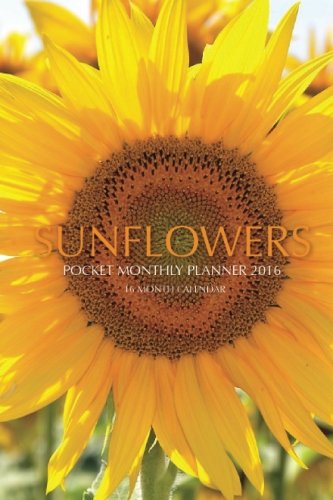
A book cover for Sunflowers Pocket Monthly Planner 2016: 16 Month Calendar; Jack Smith; Calendars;